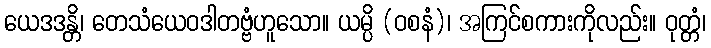
ယေဒဒန္တိ၊ တေသံယေဝဒါတဗ္ဗံဟူသော။ ယမ္ပိ (ဝစနံ)၊ အကြင်စကားကိုလည်း။ ဝုတ္တံ၊